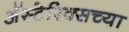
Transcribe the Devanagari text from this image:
अॅस्टेरिक्सच्या